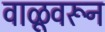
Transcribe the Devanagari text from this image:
वाळूवरून